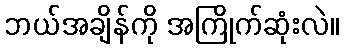
ဘယ်အချိန်ကို အကြိုက်ဆုံးလဲ။